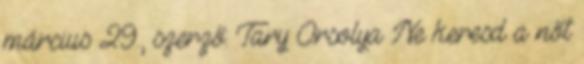
március 29., szerző: Tary Orsolya Ne keresd a nőt